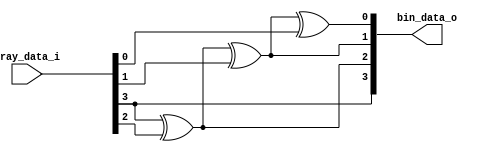
//-----------------------------------------------------------------------
// Description :
// Notes       :
//-----------------------------------------------------------------------
// Revision    : v0.1
//-----------------------------------------------------------------------

module GRAY2BIN
#(
    parameter DATA_WIDTH                = 4
)
(
    input   wire    [DATA_WIDTH-1:0]    gray_data_i,
    output  wire    [DATA_WIDTH-1:0]    bin_data_o
);

assign bin_data_o[DATA_WIDTH-1] = gray_data_i[DATA_WIDTH-1];

genvar i;

generate

    for  (i=0; i<DATA_WIDTH-1; i=i+1)
    begin : gen_gary2bin

        assign bin_data_o[i] = bin_data_o[i+1] ^ gray_data_i[i];

    end

endgenerate

endmodule